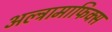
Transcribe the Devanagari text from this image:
अल्ट्रामाफिक्स